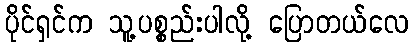
ပိုင်ရှင်က သူ့ပစ္စည်းပါလို့ ပြောတယ်လေ